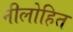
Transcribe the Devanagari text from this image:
नीलोहित